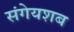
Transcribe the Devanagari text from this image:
संगेयशब